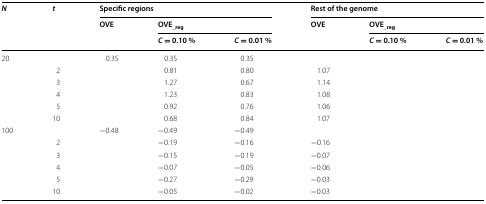
<table><thead><tr><td rowspan="3"><b><i>N</i></b></td><td rowspan="3"><b><i>t</i></b></td><td colspan="3"><b>Specific regions</b></td><td colspan="3"><b>Rest of the genome</b></td></tr><tr><td rowspan="2"><b>OVE</b></td><td colspan="2"><b>OVE<sub>_reg</sub></b></td><td rowspan="2"><b>OVE</b></td><td colspan="2"><b>OVE<sub>_reg</sub></b></td></tr><tr><td><b><i>C</i> = 0.10 %</b></td><td><b><i>C</i> = 0.01 %</b></td><td><b><i>C</i> = 0.10 %</b></td><td><b><i>C</i> = 0.01 %</b></td></tr></thead><tbody><tr><td rowspan="6">20</td><td>[EMPTY_CELL]</td><td>0.35</td><td>0.35</td><td>0.35</td><td>[EMPTY_CELL]</td><td>[EMPTY_CELL]</td><td>[EMPTY_CELL]</td></tr><tr><td>2</td><td>[EMPTY_CELL]</td><td>0.81</td><td>0.80</td><td>1.07</td><td>[EMPTY_CELL]</td><td>[EMPTY_CELL]</td></tr><tr><td>3</td><td>[EMPTY_CELL]</td><td>1.27</td><td>0.67</td><td>1.14</td><td>[EMPTY_CELL]</td><td>[EMPTY_CELL]</td></tr><tr><td>4</td><td>[EMPTY_CELL]</td><td>1.23</td><td>0.83</td><td>1.08</td><td>[EMPTY_CELL]</td><td>[EMPTY_CELL]</td></tr><tr><td>5</td><td>[EMPTY_CELL]</td><td>0.92</td><td>0.76</td><td>1.06</td><td>[EMPTY_CELL]</td><td>[EMPTY_CELL]</td></tr><tr><td>10</td><td>[EMPTY_CELL]</td><td>0.68</td><td>0.84</td><td>1.07</td><td>[EMPTY_CELL]</td><td>[EMPTY_CELL]</td></tr><tr><td rowspan="6">100</td><td>[EMPTY_CELL]</td><td>−0.48</td><td>−0.49</td><td>−0.49</td><td>[EMPTY_CELL]</td><td>[EMPTY_CELL]</td><td>[EMPTY_CELL]</td></tr><tr><td>2</td><td>[EMPTY_CELL]</td><td>−0.19</td><td>−0.16</td><td>−0.16</td><td>[EMPTY_CELL]</td><td>[EMPTY_CELL]</td></tr><tr><td>3</td><td>[EMPTY_CELL]</td><td>−0.15</td><td>−0.19</td><td>−0.07</td><td>[EMPTY_CELL]</td><td>[EMPTY_CELL]</td></tr><tr><td>4</td><td>[EMPTY_CELL]</td><td>−0.07</td><td>−0.05</td><td>−0.06</td><td>[EMPTY_CELL]</td><td>[EMPTY_CELL]</td></tr><tr><td>5</td><td>[EMPTY_CELL]</td><td>−0.27</td><td>−0.29</td><td>−0.03</td><td>[EMPTY_CELL]</td><td>[EMPTY_CELL]</td></tr><tr><td>10</td><td>[EMPTY_CELL]</td><td>−0.05</td><td>−0.02</td><td>−0.03</td><td>[EMPTY_CELL]</td><td>[EMPTY_CELL]</td></tr></tbody></table>